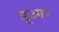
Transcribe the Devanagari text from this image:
डूआर